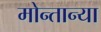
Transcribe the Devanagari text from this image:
मोन्तान्या